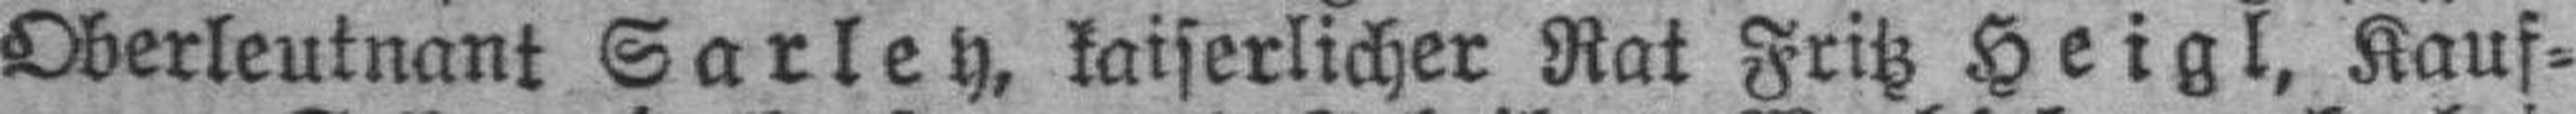
Oberleutnant Sarley, kaiserlicher Rat Fritz Heigl, Kauf¬